Scientific memoirs by medical officers of the Army of India - Part IV,
Year: 1889
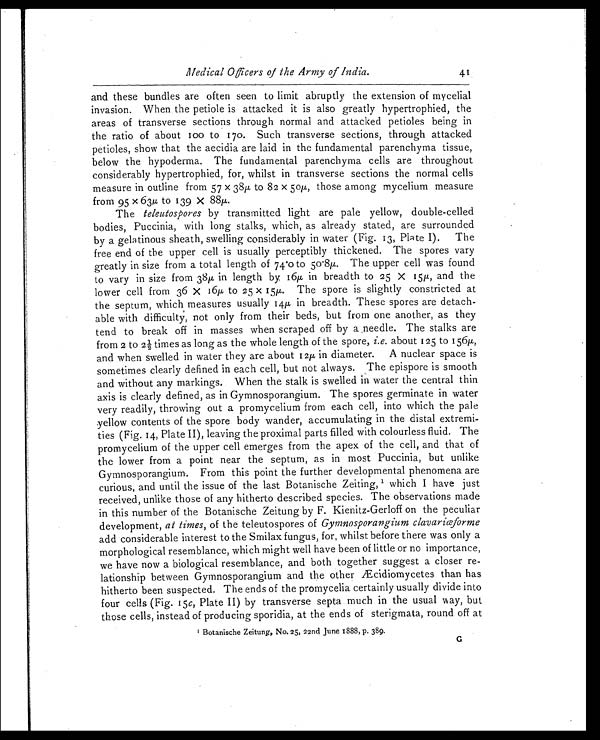
Medical Officers of the Army of India
41
and these bundles are often seen to limit abruptly the extension of mycelial
invasion. When the petiole is attacked it is also greatly hypertrophied, the
areas of transverse sections through normal and attacked petioles being in
the ratio of about 100 to 170. Such transverse sections, through attacked
petioles, show that the aecidia are laid in the fundamental parenchyma tissue,
below the hypoderma. The fundamental parenchyma cells are throughout
considerably hypertrophied, for, whilst in transverse sections the normal cells
measure in outline from 57 x 38µ to 82 x 50µ, those among mycelium measure
from 95 x 63µ to 139 X 88µ.
The teleutospores by transmitted light are pale yellow, double-celled
bodies, Puccinia, with long stalks, which, as already stated, are surrounded
by a gelatinous sheath, swelling considerably in water (Fig. 13, Plate I). The
free end of the upper cell is usually perceptibly thickened. The spores vary
greatly in size from a total length of 74.0 to 50.8µ. The upper cell was found
to vary in size from 38µ in length by 16µ in breadth to 25 X 15µ and the
l ower cel l f r om 36 X 16µ t o 25 x 15µ. The spor e i s sl i ght l y const r i ct ed at
the septum, which measures usually 14µ in breadth. These spores are detach
-able with difficulty, not only from their beds, but from one another, as they
tend to break off in masses when scraped off by a needle. The stalks are
from 2 to 2½ times as long as the whole length of the spore, i.e. about 125 to 156µ
and when swelled in water they are about 12µ in diameter. A nuclear space is
sometimes clearly defined in each cell, but not always. The epispore is smooth
and without any markings. When the stalk is swelled in water the central thin
axis is clearly defined, as in Gymnosporangium. The spores germinate in water
very readily, throwing out a promycelium from each cell, into which the pale
yellow contents of the spore body wander, accumulating in the distal extremi
- ties (Fig. 14, Plate II), leaving the proximal parts filled with colourless fluid. The
promycelium of the upper cell emerges from the apex of the cell, and that of
the lower from a point near the septum, as in most Puccinia, but unlike
Gymnosporangium. From this point the further developmental phenomena are
curious, and until the issue of the last Botanische Zeiting, 1 which I have just
received, unlike those of any hitherto described species. The observations made
in this number of the Botanische Zeitung by F. Kienitz-Gerloff on the peculiar
development, at times, of the teleutospores of Gymnosporangium clavariœforme
add considerable interest to the Smilax fungus, for, whilst before there was only a
morphological resemblance, which might well have been of little or no importance,
we have now a biological resemblance, and both together suggest a closer re
-lationship between Gymnosporangium and the other Æcidiomycetes than has
hitherto been suspected. The ends of the promycelia certainly usually divide into
four cells (Fig. 15 c, Plate II) by transverse septa much in the usual way, but
those cells, instead of producing sporidia, at the ends of sterigmata, round off at
1 B o t a n i s c h e Z e i t u n g , N o . 2 5 , 2 2 n d J u n e 1 8 8 8 , p . 3 8 9 .
G